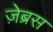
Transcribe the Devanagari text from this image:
ज़ेब्रस